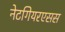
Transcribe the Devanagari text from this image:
नेटगियरएसस